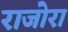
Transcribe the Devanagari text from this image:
राजोरा